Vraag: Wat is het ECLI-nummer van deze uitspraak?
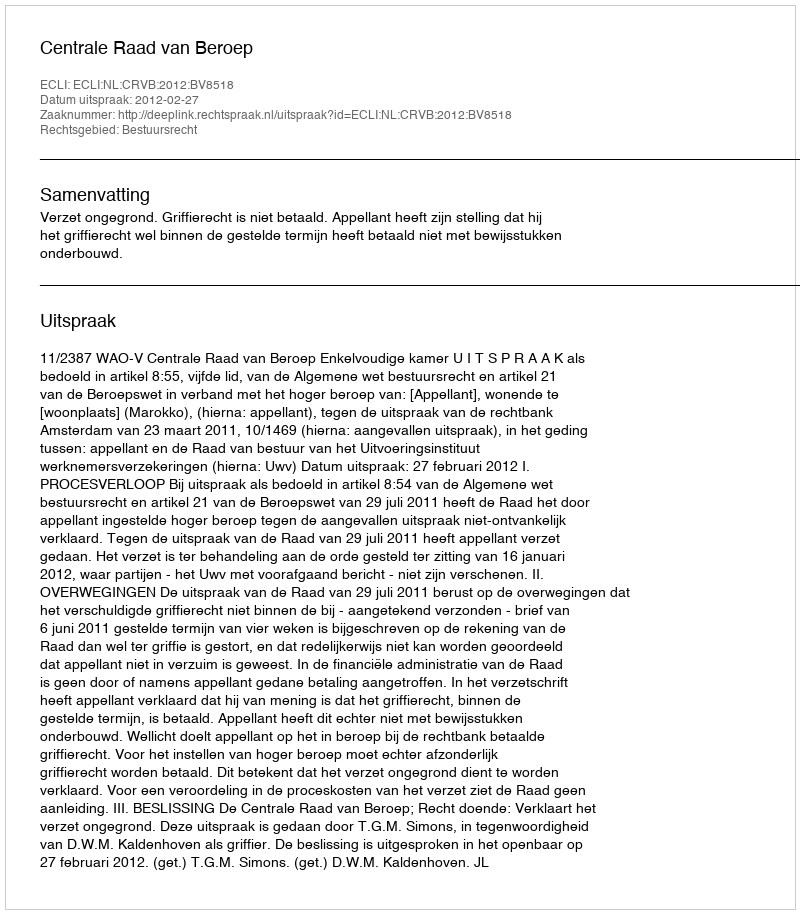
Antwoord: ECLI:NL:CRVB:2012:BV8518